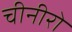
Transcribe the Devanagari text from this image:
चीनीरो